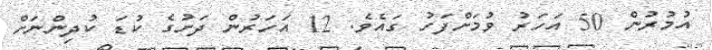
އުމުރުން 50 އަހަރު ވުމަށްފަހު ގައެވެ. 12 އަހަރުން ދަށުގެ ކުޑަ ކުދިންނަށް